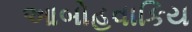
આબોહવાકિય